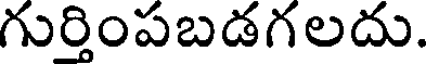
గుర్తింపబడగలదు.